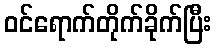
ဝင်ရောက်တိုက်ခိုက်ပြီး